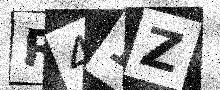
Text: R41Z